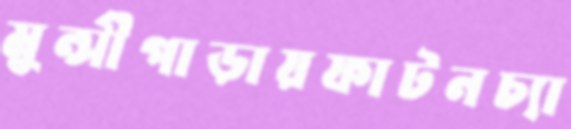
মুন্সীপাড়ায়ফাটনচ্যা